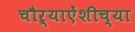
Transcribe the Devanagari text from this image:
चौऱ्याऐंशीच्या